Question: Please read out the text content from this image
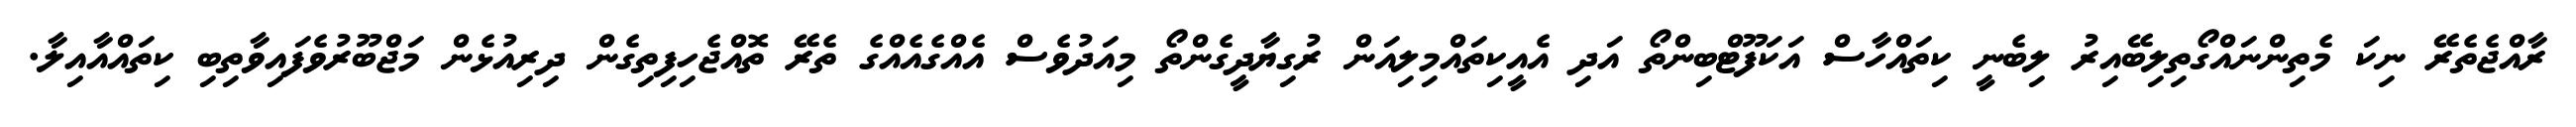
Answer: ރާއްޖެތެރޭ ނިކަ މެތިންނައްގޯތިލިބޭއިރު ލިބެނީ ކިތައްހާސް އަކަފޫޓްބިންތޯ އަދި އެއީކިތައްމިލިއަން ރުގިޔާދީގެންތޯ މިއަދުވެސް އެއްގެއެއްގެ ތެރޭ ތޮއްޖެހިފިތިގެން ދިރިއުޅެން މަޖްބޫރުވެފައިވާތިބި ކިތައްއާއިލާ.